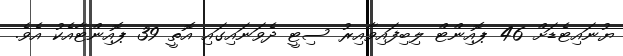
ޔުނައިޓެޑަށް 46 ޕޮއިންޓް ލިބިފައިވާއިރު ސިޓީ ދެވަނައިގައި އޮތީ 39 ޕޮއިންޓާއެކު އެވެ.